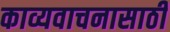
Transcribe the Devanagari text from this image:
काव्यवाचनासाठी